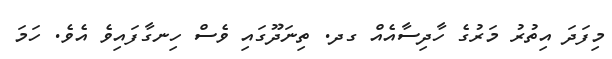
މިފަދަ އިތުރު މަރުގެ ހާދިސާއެއް ގދ. ތިނަދޫގައި ވެސް ހިނގާފައިވެ އެވެ. ހަމަ